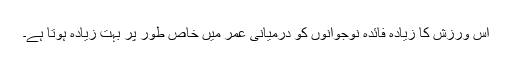
اس ورزش کا زیادہ فائدہ نوجوانوں کو درمیانی عمر میں خاص طور پر بہت زیادہ ہوتا ہے۔